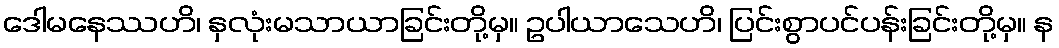
ဒေါမနေဿဟိ၊ နှလုံးမသာယာခြင်းတို့မှ။ ဥပါယာသေဟိ၊ ပြင်းစွာပင်ပန်းခြင်းတို့မှ။ န